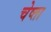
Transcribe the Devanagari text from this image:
चेष्ता